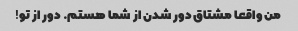
من واقعا مشتاق دور شدن از شما هستم. دور از تو!